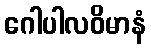
ဂေါပါလဝိမာနံ